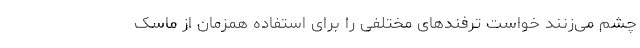
چشم می‌زنند خواست ترفند‌های مختلفی را برای استفاده همزمان از ماسک